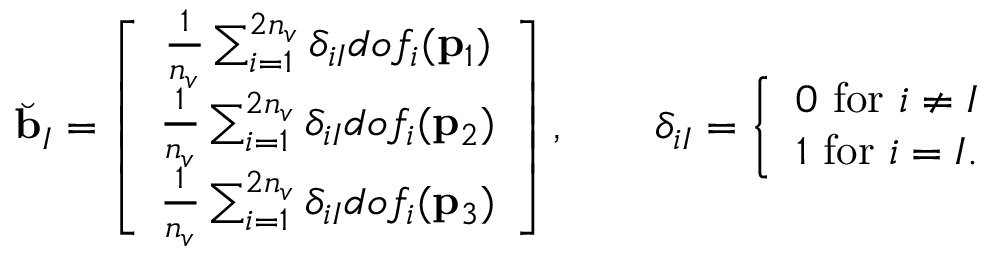
\breve { \mathbf { b } } _ { I } = \left[ \begin{array} { c } { \frac { 1 } { n _ { v } } \sum _ { i = 1 } ^ { 2 n _ { v } } \delta _ { i I } d o f _ { i } ( \mathbf { p } _ { 1 } ) } \\ { \frac { 1 } { n _ { v } } \sum _ { i = 1 } ^ { 2 n _ { v } } \delta _ { i I } d o f _ { i } ( \mathbf { p } _ { 2 } ) } \\ { \frac { 1 } { n _ { v } } \sum _ { i = 1 } ^ { 2 n _ { v } } \delta _ { i I } d o f _ { i } ( \mathbf { p } _ { 3 } ) } \end{array} \right] , \quad \quad \delta _ { i I } = \left\{ \begin{array} { c } { 0 \ \mathrm { f o r } \ i \neq I } \\ { 1 \ \mathrm { f o r } \ i = I . } \end{array} \right.